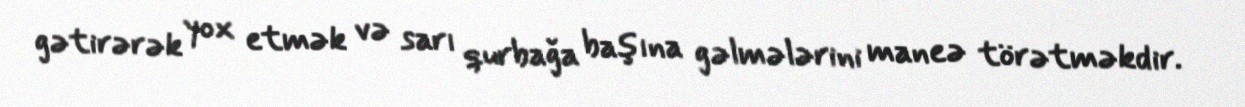
gətirərək yox etmək və sarı qurbağa başına gəlmələrini maneə törətməkdir.